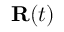
\mathbf { R } ( t )